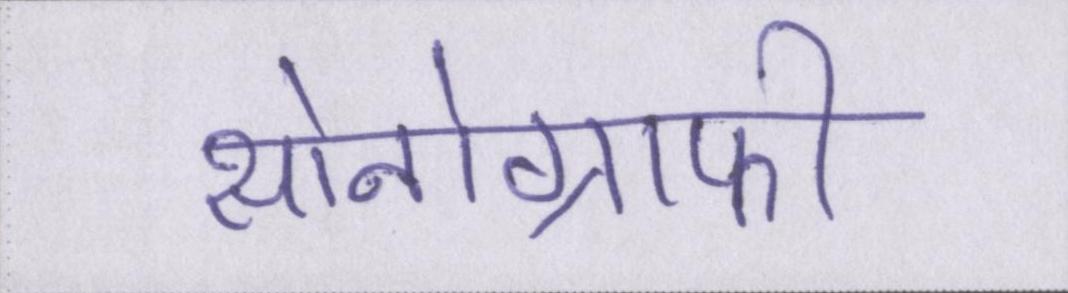
सोनोग्राफी